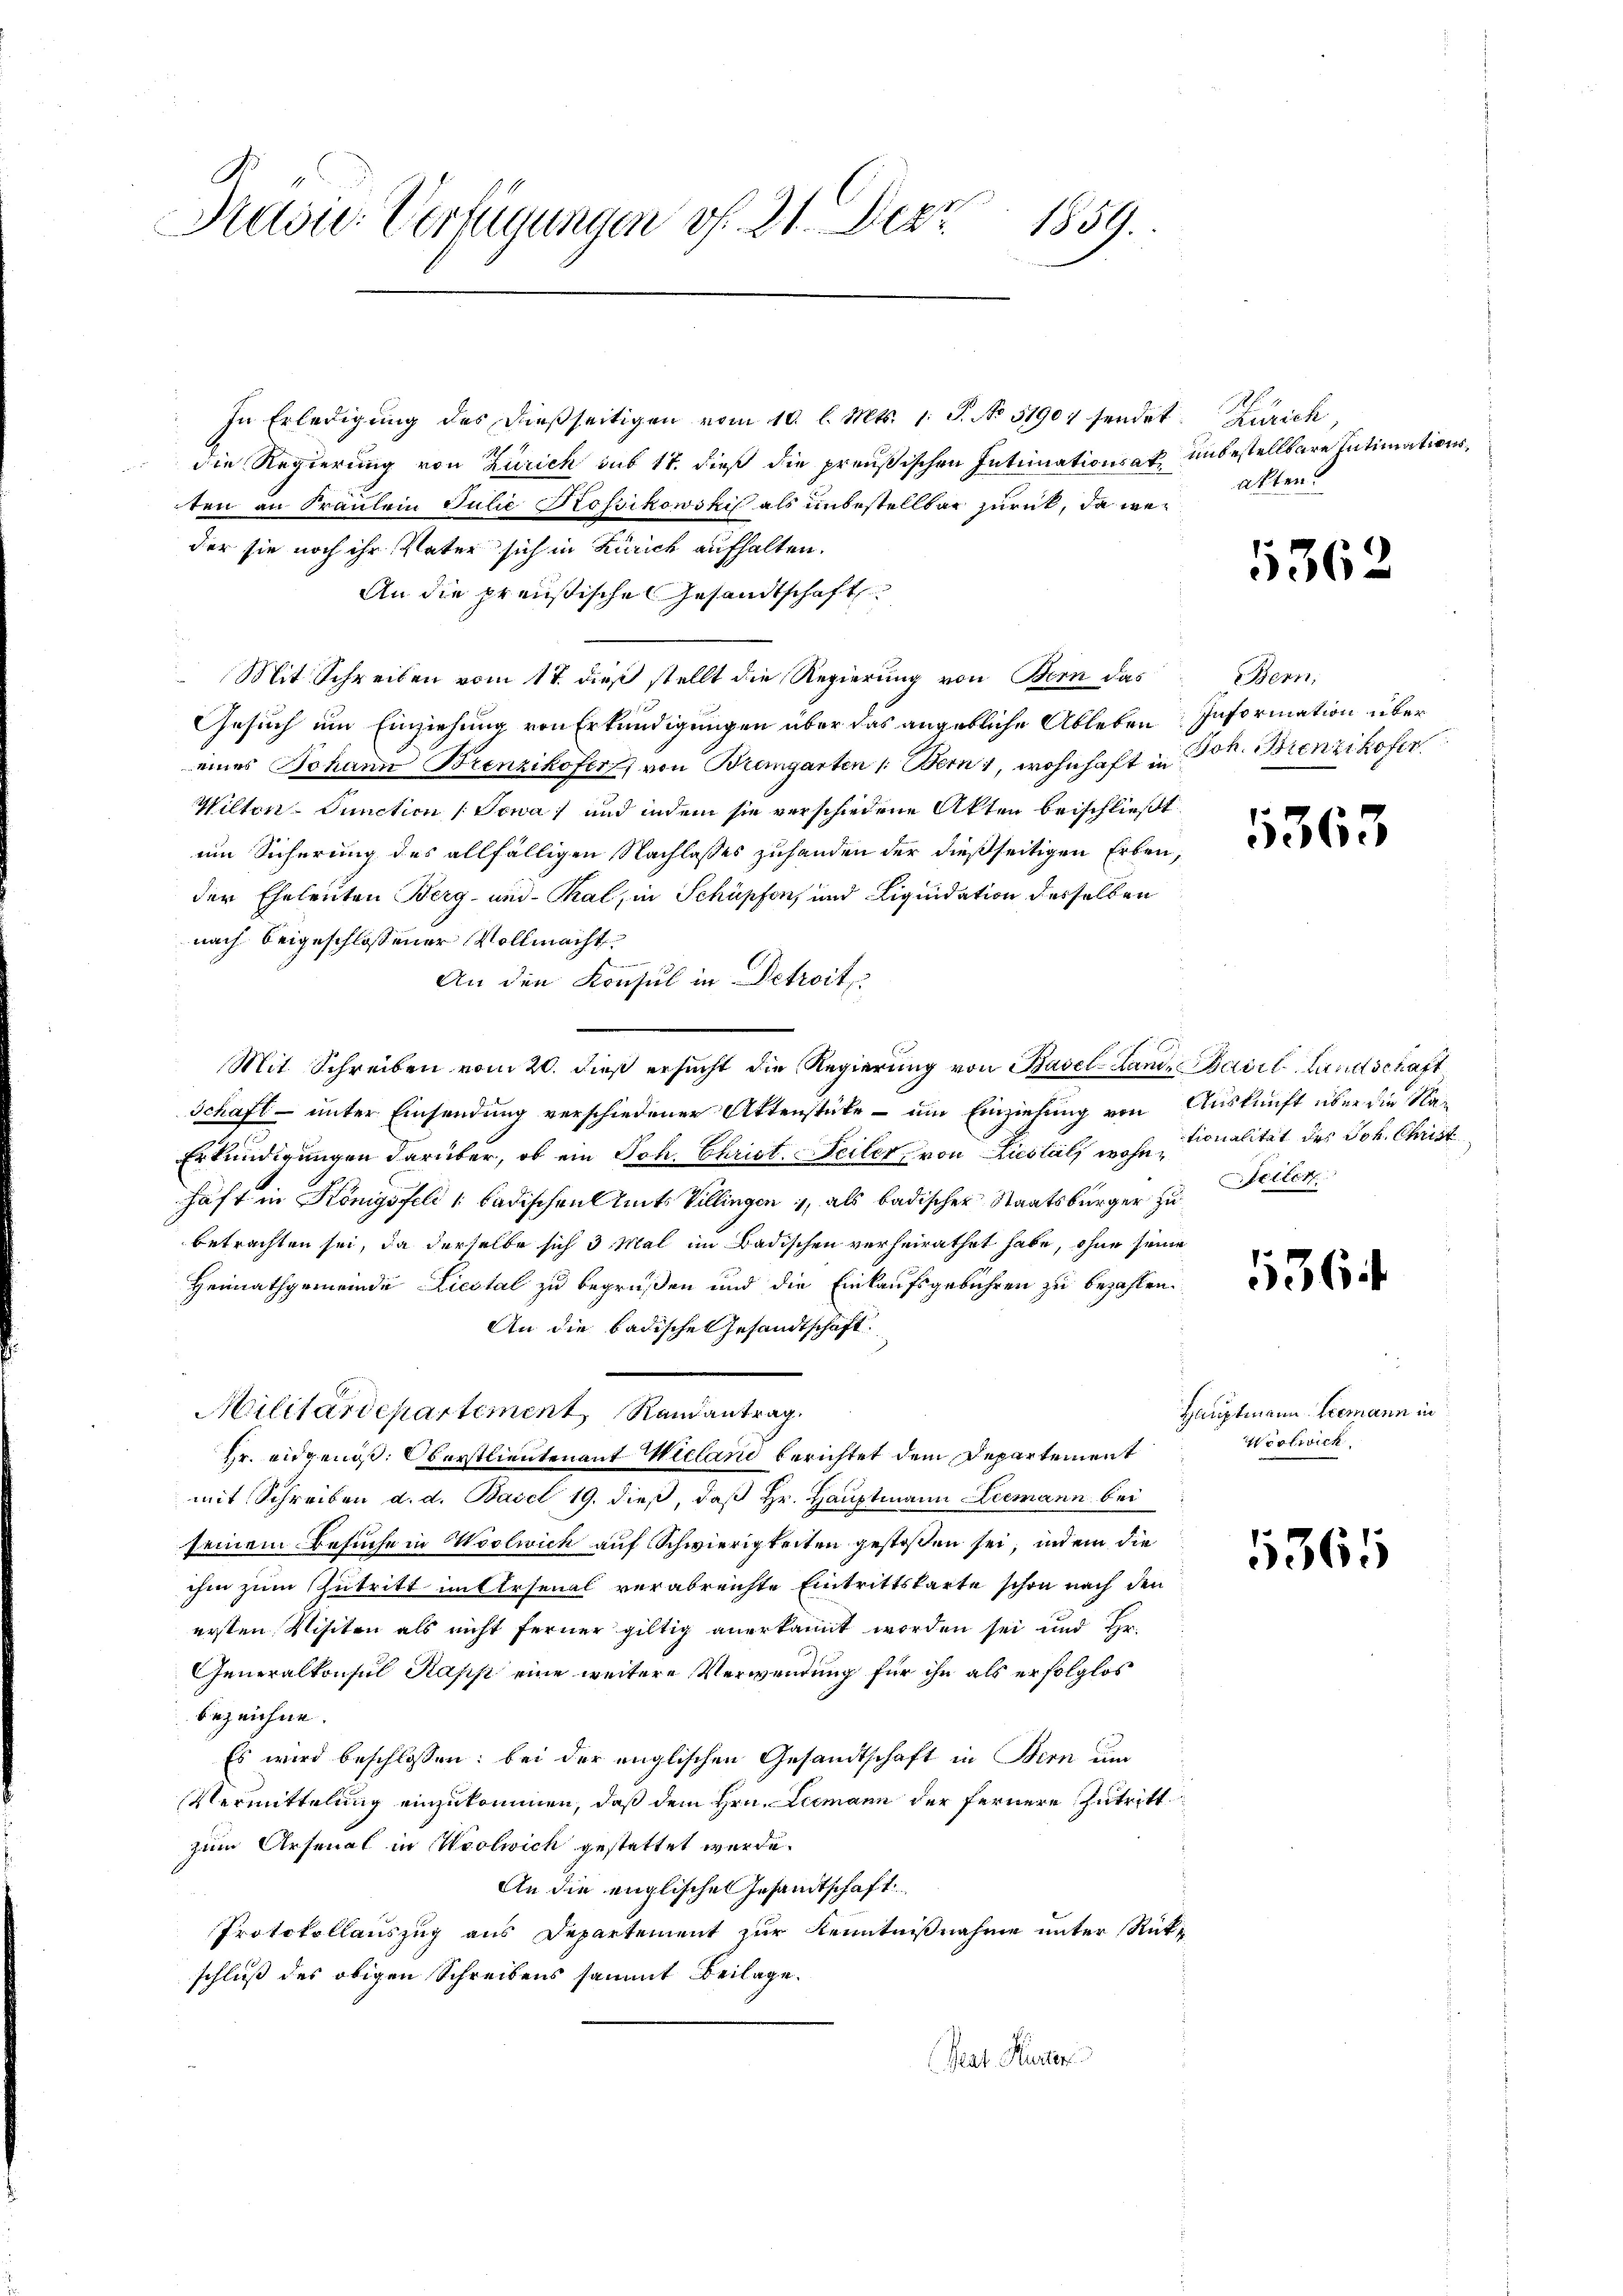
.
Prasse Verfügungen vf. 21. Dez. 1859.

In Erledigŭng des dießseitigen vom 10. l. Mts. 1. P. No 51904 sendet. Zürich,
die Regierung von Zürich sub 17. dieß die preußischen Intimationsatten an Fräulein Julie Rossikowski als unbestellbar zurück, da weder sie noch ihr Vater sich in Zürich aufhalten.
An die preußische Gesandtschaft
Mit Schreiben vom 17. dieß stellt die Regierung von Bern das
Gesuch um Einziehung von Erkundigungen über das angebliche Ableben
eines Johann Brenzikofer, von Bremgarten /: Bern, wohnhaft in Joh. Benzikofer
Wilten Punction (Towa) und indem sie verschiedene Akten beischließt
um Sicherung des allfälligen Nachlasses zuhanden der dießseitigen Erben,
der Eheleuten Berg- und Thal, in Schüpfen, und Liquidation desselben
nach beigeschlossener Vollmacht
An den Konsul in Detroit
Mit Schreiben vom 20. dieß ersucht die Regierung von Basel-Lame Basil Landschaft
Schaft – unter Einsendung verschiedener Attenstüke – um Einziehung von
Erkundigungen darüber, ob ein Joh. Christ. Seiler, von Liesteils wohn Moralität des Joh. Christ
haft in Königsfell badischen Amts Villingen, als badischer Staatsbürger zu
betrachten sei, da derselbe sich 3 Mal im Badischen verheirathet habe, ohne seine
Heimathgemeinde Liestal zu begrüßen und die Einkaufsgebühren zu bezahlen.
An die Badische Gesandtschaft.
Militärdepartement Randantrag.
Hr. eidgenoß: Oberstlieutenant Wieland berichtet dem Departement
mit Schreiben d. d. Basel 19. dieß, daß Hr. Hauptmann Leemann bei
seinem Besuche in Woolwich auf Schwierigkeiten gestoßen sei, indem die
ihm zum Zutritt im Arsenal verabreichte Eintrittskarte schon nach den
ersten Visiten als nicht ferner giltig anerkannt worden sei und Hr.
Generalkonsul Kapp eine weitere Verwendung für ihn als erfolglos
bezeichne.
Es wird beschlossen: bei der englischen Gesandtschaft in Bern um
Vermittelung einzukommen, daß dem Hrn. Leemann der Fernere Zutritt
zum Arsenal in Woolwich gestattet werde.
An die englischen Gesamtschaft
Protokollauszug aus Departement zur Kenntnißnahme unter Rückschluß des obigen Schreibens sammt Beilage.
Geat Murter

unbestellbare Intimationsakten.

5362

Bern,
Information über

5363

Auskunft über die Na¬
Seilen

1364

Hauptmann Leemann in
Wictwick

1364